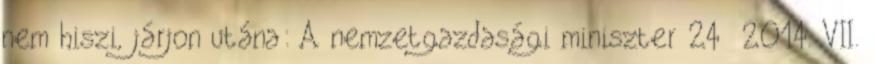
nem hiszi, járjon utána: A nemzetgazdasági miniszter 24 2014. VII.